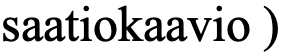
saatiokaavio )